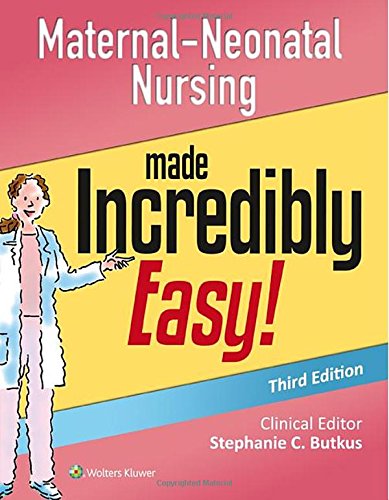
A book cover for Maternal-Neonatal Nursing Made Incredibly Easy! (Incredibly Easy! SeriesÂ®); Lippincott  Williams & Wilkins; Parenting & Relationships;